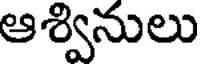
ఆశ్వినులు